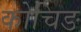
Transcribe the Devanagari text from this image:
कोचिङ